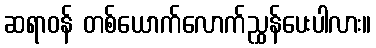
ဆရာဝန် တစ်ယောက်လောက်ညွှန်ပေးပါလား။